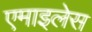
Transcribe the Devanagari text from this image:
एमाइलेस